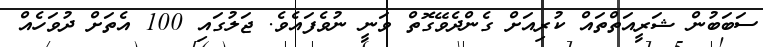
ސަބަބުން ޝަރީއަތްތައް ކުރިއަށް ގެންދެވޭގޮތް ވަނީ ނުވެފައެވެ. ޖަލުގައި 100 އެތަށް ދުވަހެއް